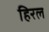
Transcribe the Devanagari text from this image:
हिरल